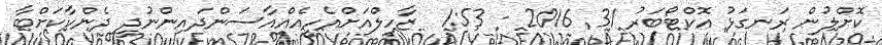
ކޮށްލުން ރަނގަޅު އޮކްޓޯބަރު 31